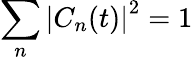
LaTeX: \sum_{n}\left\vert C_{n}(t)\right\vert^{2}=1